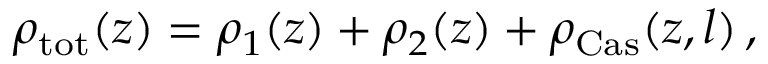
\rho _ { \mathrm { t o t } } ( z ) = \rho _ { 1 } ( z ) + \rho _ { 2 } ( z ) + \rho _ { \mathrm { C a s } } ( z , l ) \, ,